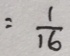
= \frac { 1 } { 1 6 }